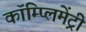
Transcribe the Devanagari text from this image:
कॉम्‍प्‍लिमेंट्री